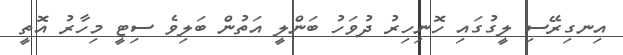
އިނގިރޭސި ލީގުގައި ހޮނިހިރު ދުވަހު ބަންލީ އަތުން ބަލިވެ ސިޓީ މިހާރު އޮތީ